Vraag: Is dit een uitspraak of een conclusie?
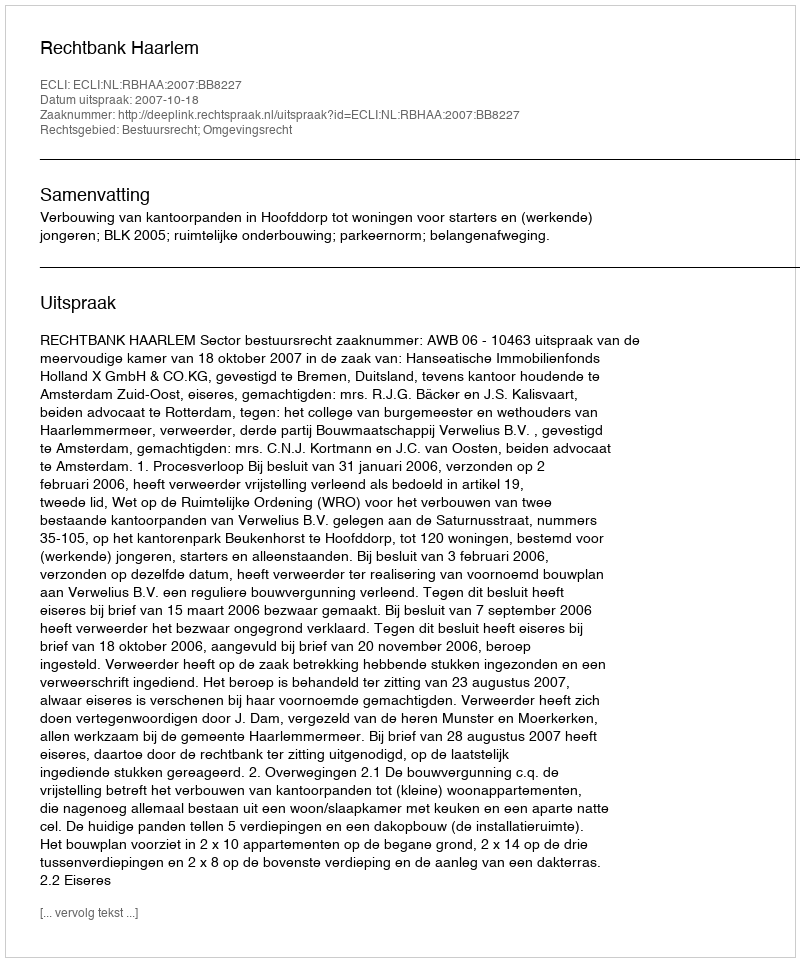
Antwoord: Uitspraak